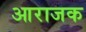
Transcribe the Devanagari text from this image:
आराजक